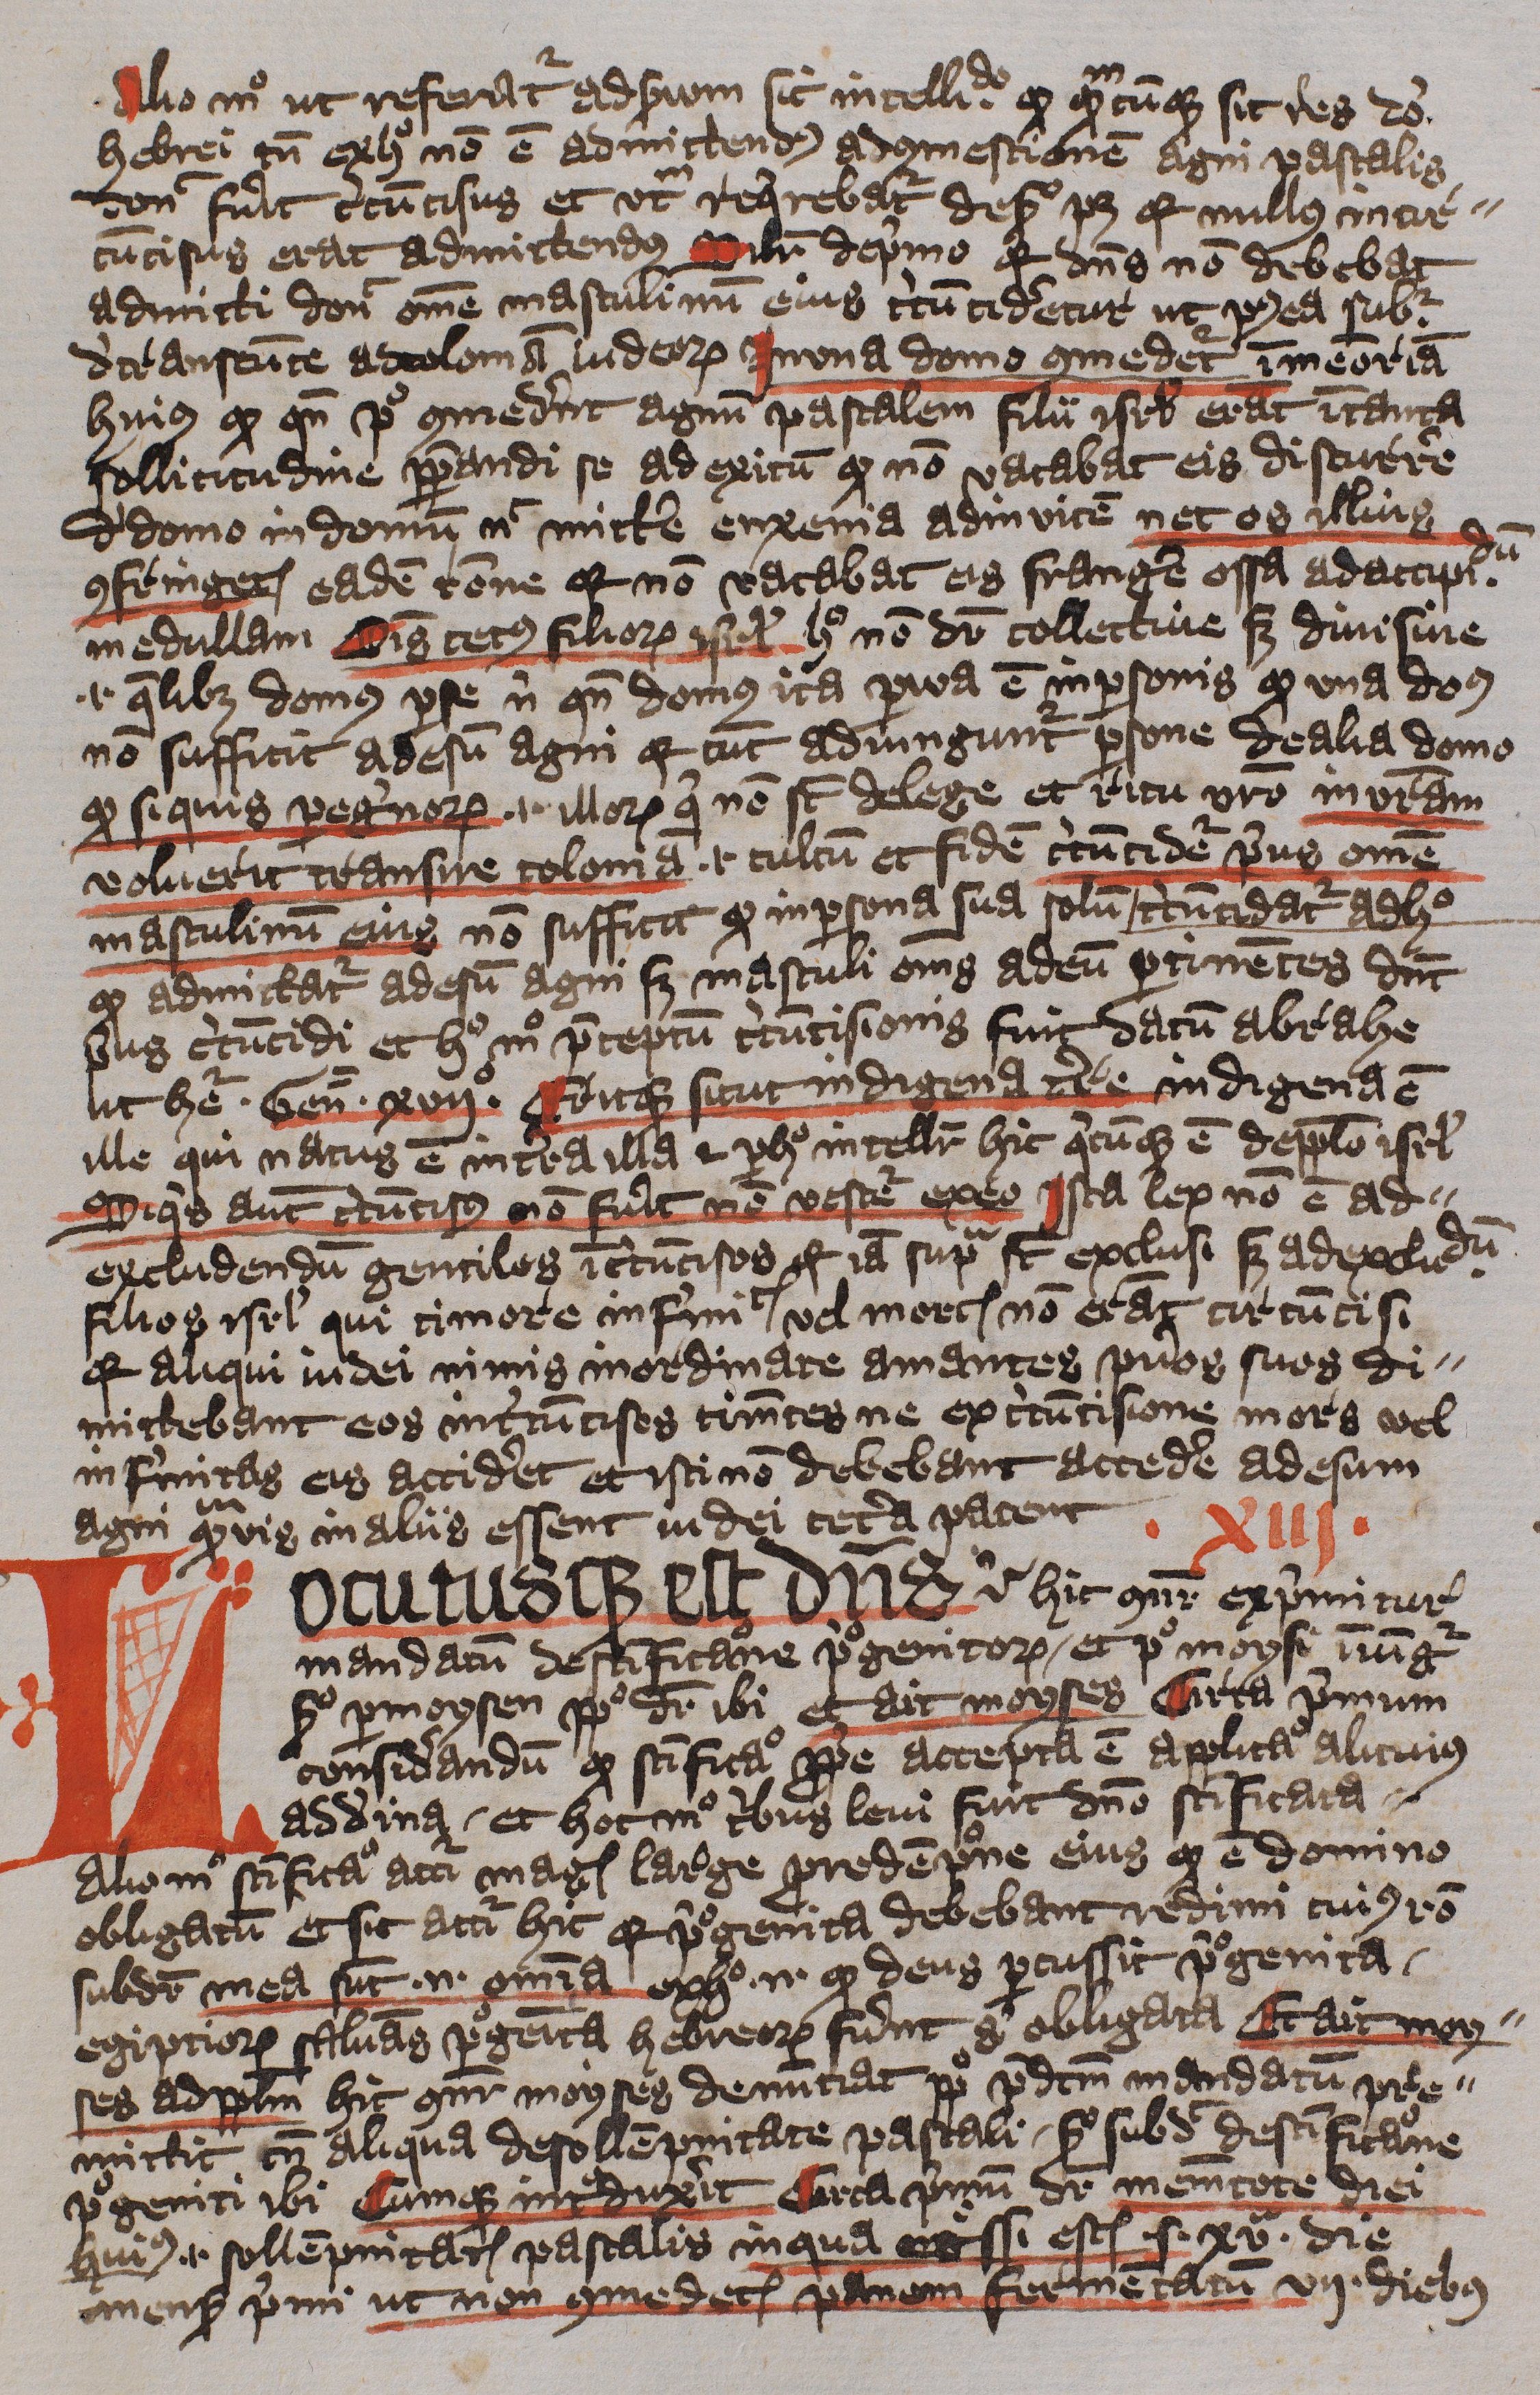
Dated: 1396–1396